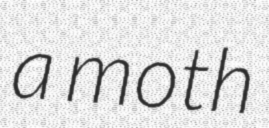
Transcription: a moth